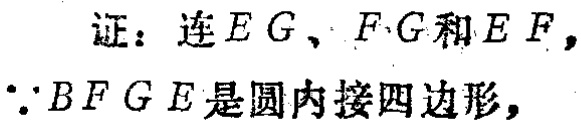
证：连\(EG\)、\(FG\)和\(EF\)，

\(\because B F G E\)是圆内接四边形，